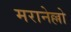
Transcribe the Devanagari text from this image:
मरानेल्लो